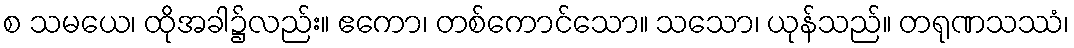
စ သမယေ၊ ထိုအခါ၌လည်း။ ဧကော၊ တစ်ကောင်သော။ သသော၊ ယုန်သည်။ တရုဏသဿံ၊